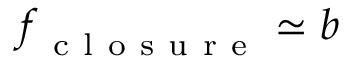
\boldsymbol { f } _ { \mathrm { ~ c ~ l ~ o ~ s ~ u ~ r ~ e ~ } } \simeq \boldsymbol { b }